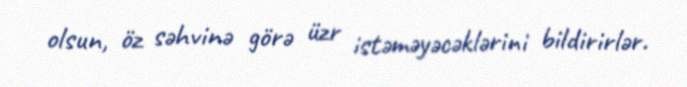
olsun, öz səhvinə görə üzr istəməyəcəklərini bildirirlər.